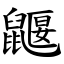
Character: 鼴